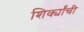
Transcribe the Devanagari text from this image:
शिर्क्यांची